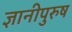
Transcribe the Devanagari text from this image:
ज्ञानीपुरुष